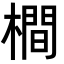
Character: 橺